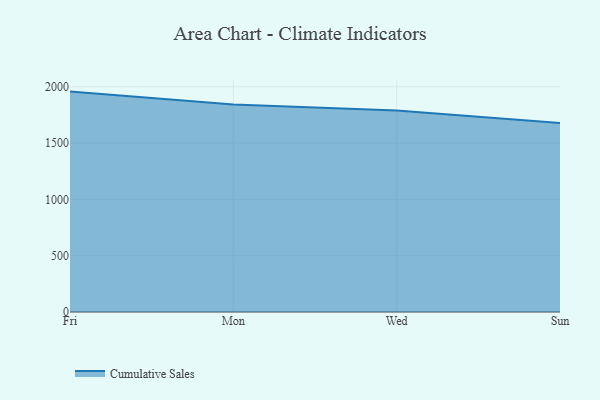
{"axis": {"x": "Day", "y": "Operating Costs (USD K)"}, "legend": ["Cumulative Sales"], "data": [{"x": "Fri", "y": 1957.2, "type": "Cumulative Sales"}, {"x": "Mon", "y": 1841.8, "type": "Cumulative Sales"}, {"x": "Wed", "y": 1788.7, "type": "Cumulative Sales"}, {"x": "Sun", "y": 1678.2, "type": "Cumulative Sales"}]}